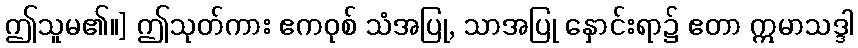
ဤသူမ၏။] ဤသုတ်ကား ဧကဝုစ် သံအပြု, သာအပြု နှောင်းရာ၌ ဧတာ ဣမာသဒ္ဒါ